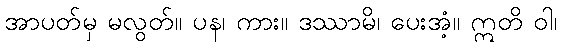
အာပတ်မှ မလွတ်။ ပန၊ ကား။ ဒဿာမိ၊ ပေးအံ့။ ဣတိ ဝါ၊